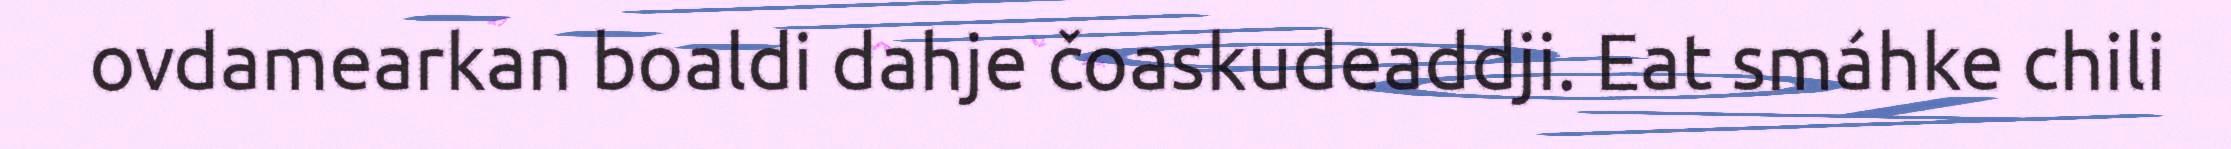
ovdamearkan boaldi dahje čoaskudeaddji. Eat smáhke chili